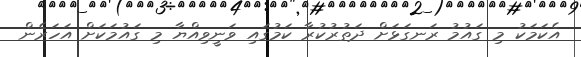
އެކަމަކު މި ގައުމު ރަނގަޅަށް ދަތުރުކުރާ ކަމުގައި ވަނީވިއްޔާ މި ގައުމަކަށް އަހަރެން